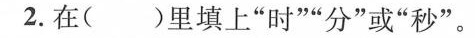
2.在()里填上”时””分”或”秒”。